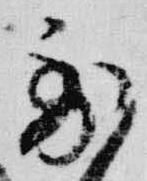
到